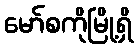
မော်စကိုမြို့ရှိ